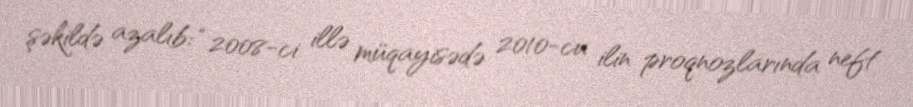
şəkildə azalıb: “2008-ci illə müqayisədə 2010-cu ilin proqnozlarında neft